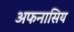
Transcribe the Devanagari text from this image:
अफनासिय